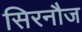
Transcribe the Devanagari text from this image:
सिरनौज